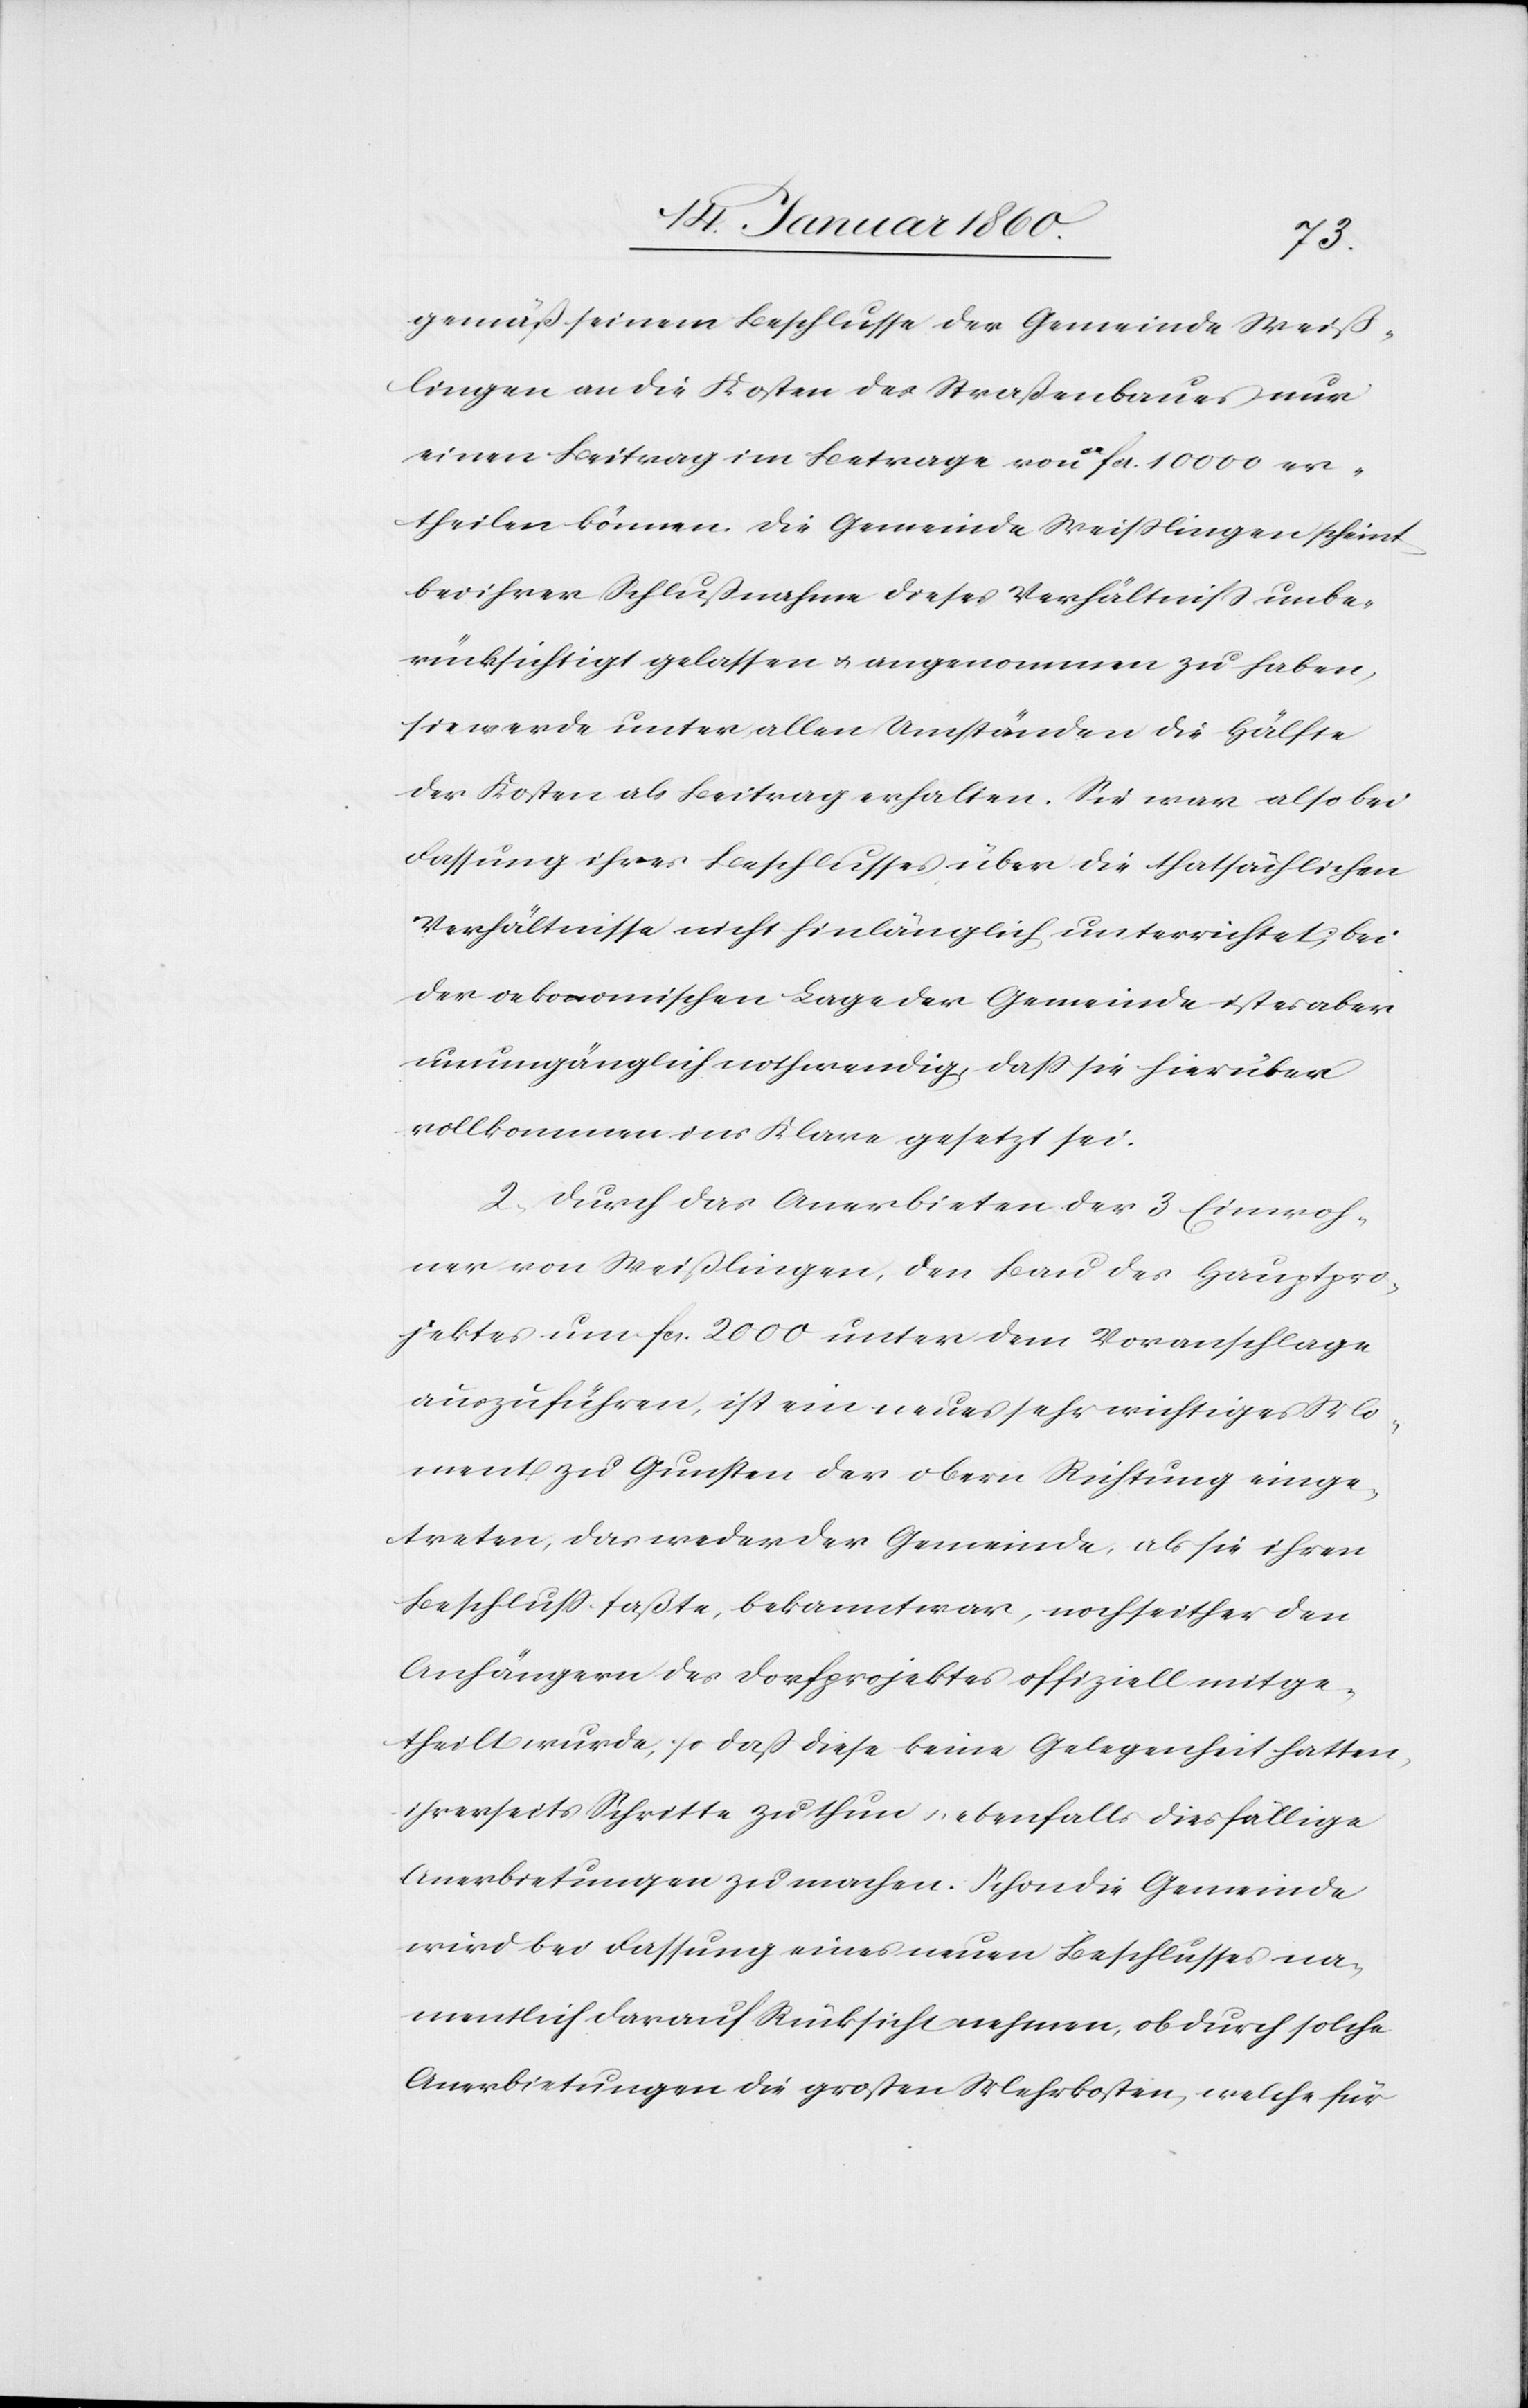
gemäß seinem Beschlusse der Gemeinde Weiß¬
lingen an die Kosten des Straßenbaues nur
einen Beitrag im Betrage von ca. fcs. 10 000 er¬
theilen können, die Gemeinde Weißlingen scheint
bei ihrer Schlußnahme dieses Verhältniß unbe¬
rücksichtigt gelassen u. angenommen zu haben,
sie werde unter allen Umständen die Hälfte
der Kosten als Beitrag erhalten. Sie war also bei
Fassung ihres Beschlusses über die thatsächlichen
Verhältnisse nicht hinlänglich unterrichtet, bei
der oekonomischen Lage der Gemeinde ist es aber
unumgänglich nothwendig, daß sie hierüber
vollkommen ins Klare gesetzt sei.
2. Durch das Anerbieten der 3. Einwoh¬
ner von Weißlingen, den Bau des Hauptpro¬
jektes um fcs. 2000 unter dem Voranschlage
auszuführen, ist ein neues sehr richtiges Mo¬
ment zu Gunsten der obern Richtung einge¬
treten, das weder der Gemeinde, als sie ihren
Beschluß faßte, bekannt war, noch seither den
Anhängern des Dorfprojektes offiziell mitge¬
theilt wurde, so daß diese keine Gelegenheit hatten,
ihrerseits Schritte zu thun, ebenfalls diesfällige
Anerbietungen zu machen. Schon die Gemeinde
wird bei Fassung eines neuen Beschlusses na¬
mentlich darauf Rücksicht nehmen, ob durch solche
Anerbietungen die grossen Mehrkosten, welche für